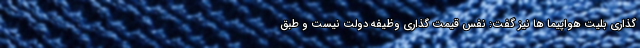
گذاری بلیت هواپیما ها نیز گفت: نفس قیمت گذاری وظیفه دولت نیست و طبق